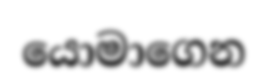
යොමාගෙන